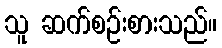
သူ ဆက်စဉ်းစားသည်။